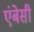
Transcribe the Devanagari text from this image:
एंबेसी